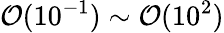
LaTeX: {\cal O}(10^{-1})\sim{\cal O}(10^{2})